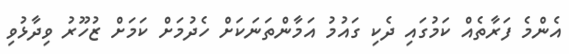
އެންމެ ފަރާތެއް ކަމުގައި ދެކި ގައުމު އަމާންތަނަކަށް ހެދުމަށް ކަމަށް ޒުހޫރު ވިދާޅުވި